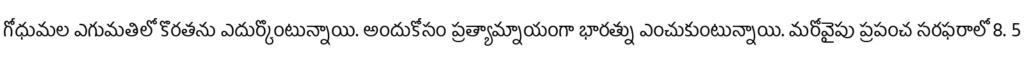
గోధుమల ఎగుమతిలో కొరతను ఎదుర్కొంటున్నాయి. అందుకోసం ప్రత్యామ్నాయంగా భారత్ను ఎంచుకుంటున్నాయి. మరోవైపు ప్రపంచ సరఫరాలో 8. 5